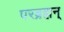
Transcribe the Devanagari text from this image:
परब्रह्मन्